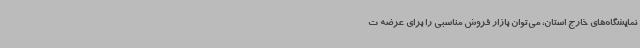
نمایشگاه‌های خارج استان، می‌توان بازار فروش مناسبی را برای عرضه ت